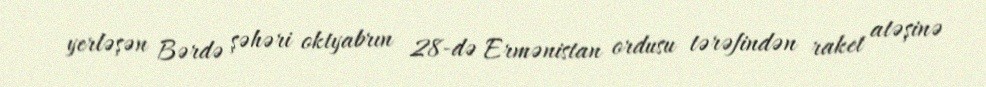
yerləşən Bərdə şəhəri oktyabrın 28-də Ermənistan ordusu tərəfindən raket atəşinə